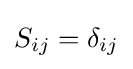
S_{ij}=\delta _{ij}